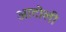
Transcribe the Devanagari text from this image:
आटोली